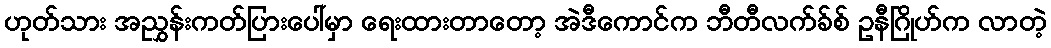
ဟုတ်သား အညွှန်းကတ်ပြားပေါ်မှာ ရေးထားတာတော့ အဲဒီကောင်က ဘီတီလက်ခ်စ် ဥနီဂြိုဟ်က လာတဲ့